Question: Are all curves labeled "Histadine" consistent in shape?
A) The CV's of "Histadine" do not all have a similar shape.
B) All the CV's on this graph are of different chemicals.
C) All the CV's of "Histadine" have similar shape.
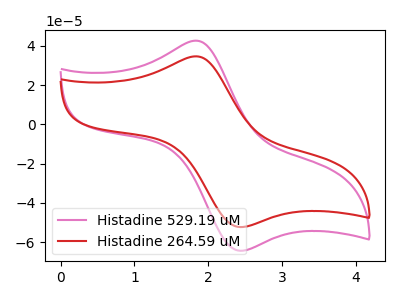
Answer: <think>The pink curve "Histadine 529.19 uM" has an anodic peak at (1.85V, 42.60uA) and a cathodic peak at (2.45V, -64.40uA). The red curve "Histadine 264.59 uM" has an anodic peak at (1.85V, 34.60uA) and a cathodic peak at (2.45V, -52.35uA).
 All the peaks in "Histadine 529.19 uM" have a peak in "Histadine 264.59 uM" at the same potential. Every peak in "Histadine 529.19 uM" is higher than every peak in "Histadine 264.59 uM".</think>
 <answer>C) All the CV's of "Histadine" have similar shape.</answer>
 <eval>C</eval>